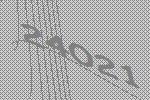
24021